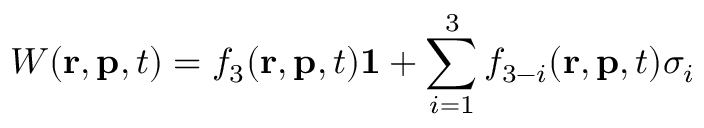
W ( \mathbf { r } , \mathbf { p } , t ) = f _ { 3 } ( \mathbf { r } , \mathbf { p } , t ) \mathbf { 1 } + \sum _ { i = 1 } ^ { 3 } f _ { 3 - i } ( \mathbf { r } , \mathbf { p } , t ) \sigma _ { i }